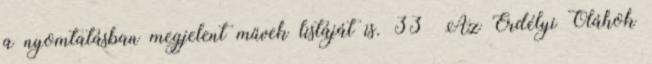
a nyomtatásban megjelent művek listáját is. 33 Az Erdélyi Oláhok